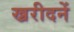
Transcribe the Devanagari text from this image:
ख्ररीदनें